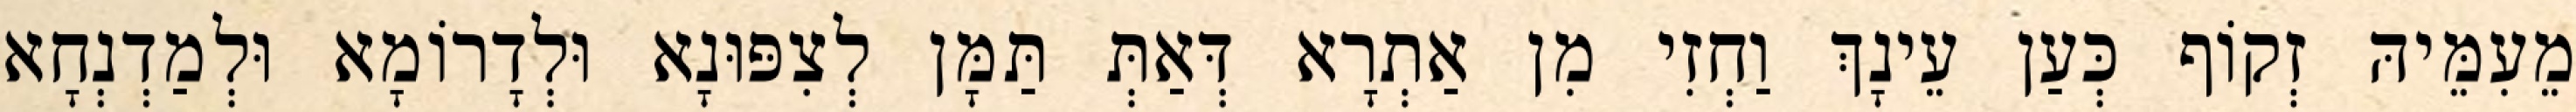
מֵעִמֵּיהּ זְקוֹף כְּעַן עֵינָךְ וַחְזִי מִן אַתְרָא דְּאַתְּ תַּמָּן לְצִפּוּנָא וּלְדָרוֹמָא וּלְמַדְנְחָא